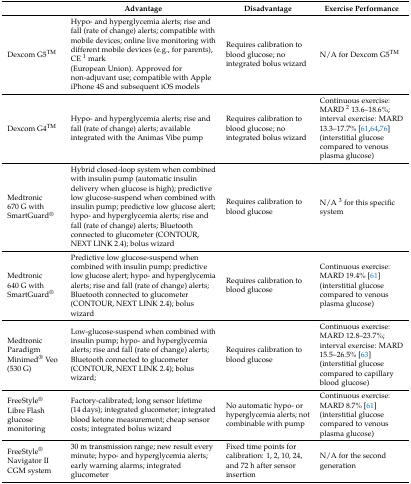
<table><thead><tr><td></td><td><b>Advantage</b></td><td><b>Disadvantage</b></td><td><b>Exercise Performance</b></td></tr></thead><tbody><tr><td>Dexcom G5<sup>TM</sup></td><td>Hypo- and hyperglycemia alerts; rise and fall (rate of change) alerts; compatible with mobile devices; online live monitoring with different mobile devices (e.g., for parents), CE <sup>1</sup> mark(European Union). Approved for non-adjuvant use; compatible with Apple iPhone 4S and subsequent iOS models</td><td>Requires calibration to blood glucose; no integrated bolus wizard</td><td>N/A for Dexcom G5<sup>TM</sup></td></tr><tr><td>Dexcom G4<sup>TM</sup></td><td>Hypo- and hyperglycemia alerts; rise and fall (rate of change) alerts; available integrated with the Animas Vibe pump</td><td>Requires calibration to blood glucose; no integrated bolus wizard</td><td>Continuous exercise: MARD <sup>2</sup> 13.6–18.6%; interval exercise: MARD 13.3–17.7% [61,64,76] (interstitial glucose compared to venous plasma glucose)</td></tr><tr><td>Medtronic 670 G with SmartGuard<sup>®</sup></td><td>Hybrid closed-loop system when combined with insulin pump (automatic insulin delivery when glucose is high); predictive low glucose-suspend when combined with insulin pump; predictive low glucose alert; hypo- and hyperglycemia alerts; rise and fall (rate of change) alerts; Bluetooth connected to glucometer (CONTOUR, NEXT LINK 2.4); bolus wizard</td><td>Requires calibration to blood glucose</td><td>N/A <sup>3</sup> for this specific system</td></tr><tr><td>Medtronic 640 G with SmartGuard<sup>®</sup></td><td>Predictive low glucose-suspend when combined with insulin pump; predictive low glucose alert; hypo- and hyperglycemia alerts; rise and fall (rate of change) alerts; Bluetooth connected to glucometer (CONTOUR, NEXT LINK 2.4); bolus wizard</td><td>Requires calibration to blood glucose</td><td>Continuous exercise: MARD 19.4% [61] (interstitial glucose compared to venous plasma glucose)</td></tr><tr><td>Medtronic Paradigm Minimed<sup>®</sup> Veo (530 G)</td><td>Low-glucose-suspend when combined with insulin pump; hypo- and hyperglycemia alerts; rise and fall (rate of change) alerts; Bluetooth connected to glucometer (CONTOUR, NEXT LINK 2.4); bolus wizard;</td><td>Requires calibration to blood glucose</td><td>Continuous exercise: MARD 12.8–23.7%; interval exercise: MARD 15.5–26.5% [63] (interstitial glucose compared to capillary blood glucose)</td></tr><tr><td>FreeStyle<sup>®</sup> Libre Flash glucose monitoring</td><td>Factory-calibrated; long sensor lifetime (14 days); integrated glucometer; integrated blood ketone measurement; cheap sensor costs; integrated bolus wizard</td><td>No automatic hypo- or hyperglycemia alerts; not combinable with pump</td><td>Continuous exercise: MARD 8.7% [61] (interstitial glucose compared to venous plasma glucose)</td></tr><tr><td>FreeStyle<sup>®</sup> Navigator II CGM system</td><td>30 m transmission range; new result every minute; hypo- and hyperglycemia alerts; early warning alarms; integrated glucometer</td><td>Fixed time points for calibration: 1, 2, 10, 24, and 72 h after sensor insertion</td><td>N/A for the second generation</td></tr></tbody></table>